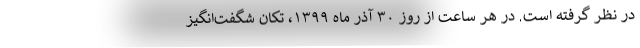
در نظر گرفته است. در هر ساعت از روز ۳۰ آذر ماه ۱۳۹۹، تکان شگفت‌انگیز